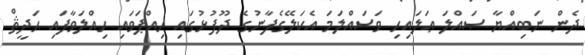
ދެން ނަބިއްޔާ ޞައްލަ ޢަލައިހި ވަސައްލަމަ އެކަލޭގެފާނުގެ ދޫފުޅުގައި ހިއްޕަވައި ހިއްލަވާފައި ޙަދީޘް